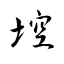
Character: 埪